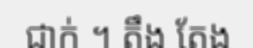
ជាក់ ។ តឹង តែង